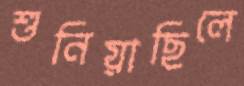
শুনিয়াছিলে